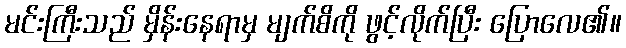
မင်းကြီးသည် မှိန်းနေရာမှ မျက်စိကို ဖွင့်လိုက်ပြီး ပြောလေ၏။